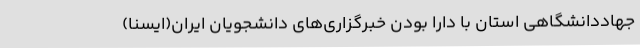
جهاددانشگاهی استان با دارا بودن خبرگزاری‌های دانشجویان ایران(ایسنا)